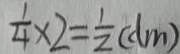
\frac { 1 } { 4 } \times 2 = \frac { 1 } { 2 } ( d m )